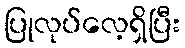
ပြုလုပ်လေ့ရှိပြီး